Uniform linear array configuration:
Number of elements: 4
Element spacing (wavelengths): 0.5
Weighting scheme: binomial
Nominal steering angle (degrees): -30
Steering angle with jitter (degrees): -31.319
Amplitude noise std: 0.05
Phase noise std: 0.05

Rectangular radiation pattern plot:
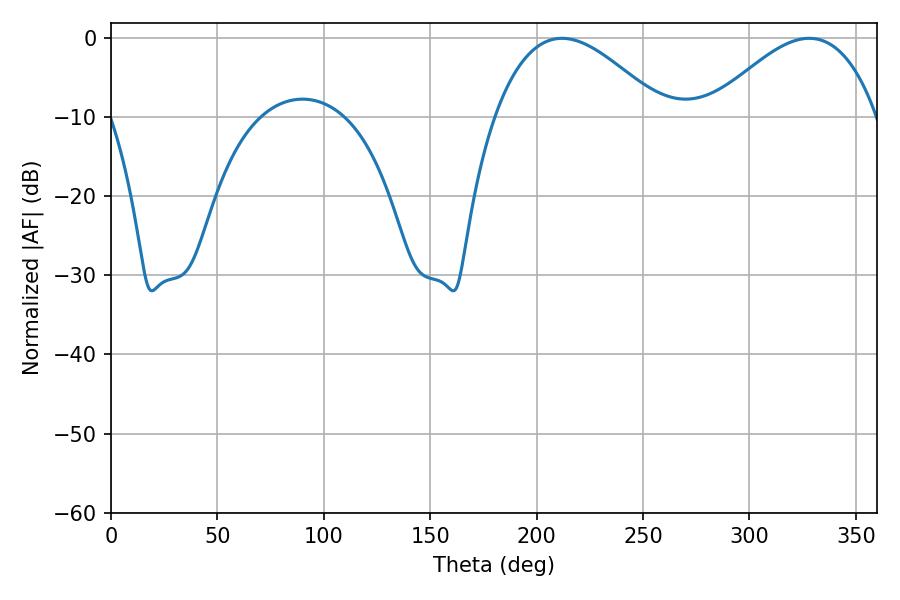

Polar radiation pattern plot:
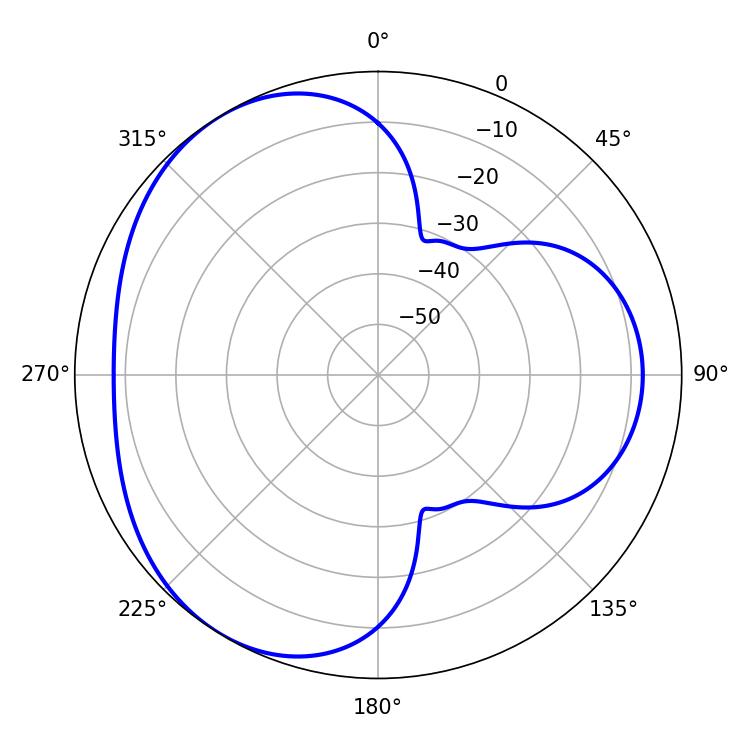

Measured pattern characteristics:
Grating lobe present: FALSE
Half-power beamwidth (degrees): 42.84
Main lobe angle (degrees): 211.86